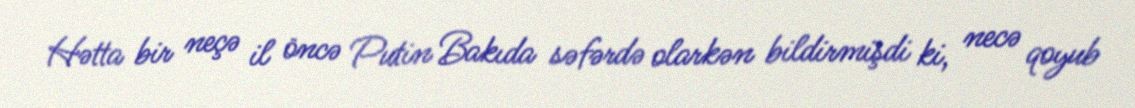
Hətta bir neçə il öncə Putin Bakıda səfərdə olarkən bildirmişdi ki, necə qoyub